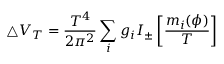
\triangle V _ { T } = \frac { T ^ { 4 } } { 2 \pi ^ { 2 } } \sum _ { i } g _ { i } I _ { \pm } \left[ \frac { m _ { i } ( \phi ) } { T } \right]